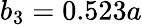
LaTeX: b_{3}=0.523a